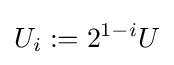
U_{i}:=2^{1-i}U